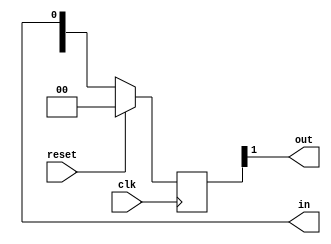
module silife_buf_reg #(
    parameter BITS = 2,
    parameter DEFAULT = 1'b0
) (
    input wire reset,
    input wire clk,

    output wire in,
    output wire out
);

  reg [BITS-1:0] buffer;

  assign out = buffer[BITS-1];

  always @(posedge clk) begin
    if (reset) buffer <= {BITS{DEFAULT}};
    else buffer <= {buffer[BITS-2:0], in};
  end
endmodule